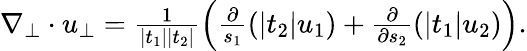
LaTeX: \begin{array}{r}{\nabla_{\bot}\cdot u_{\bot}=\frac{1}{|t_{1}||t_{2}|}\left(\frac{\partial}{s_{1}}(|t_{2}|u_{1})+\frac{\partial}{\partial s_{2}}(|t_{1}|u_{2})\right).}\end{array}